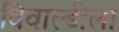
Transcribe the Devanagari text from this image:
विवाल्डीला